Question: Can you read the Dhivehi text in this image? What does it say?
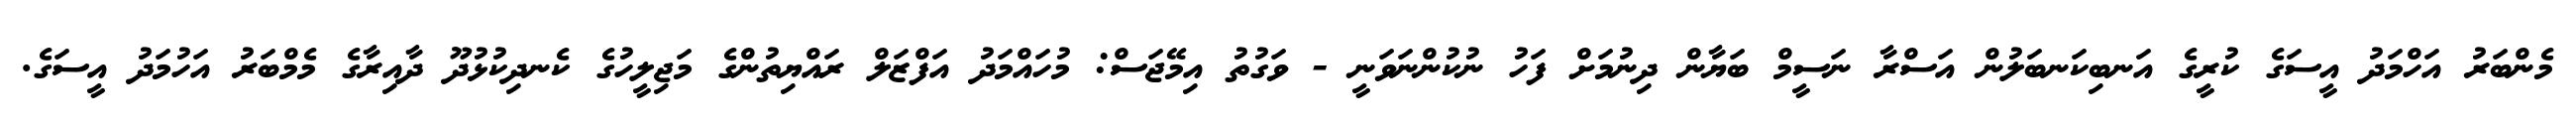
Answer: މެންބަރު އަހްމަދު އީސަގެ ކުރީގެ އަނބިކަނބަލުން އަސްރާ ނަސީމް ބަޔާން ދިނުމަށް ފަހު ނުކުންނަވަނީ - ވަގުތު އިމޭޖަސް: މުހައްމަދު އަފްޒަލް ރައްޔިތުންގެ މަޖިލީހުގެ ކެނދިކުޅުދޫ ދާއިރާގެ މެމްބަރު އަހުމަދު އީސަގެ.